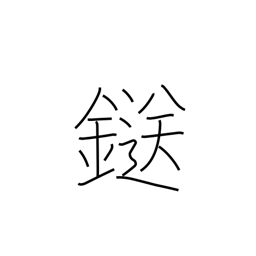
Meaning: clamp